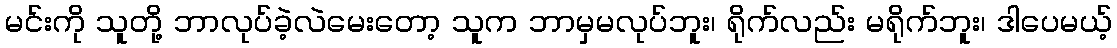
မင်းကို သူတို့ ဘာလုပ်ခဲ့လဲမေးတော့ သူက ဘာမှမလုပ်ဘူး၊ ရိုက်လည်း မရိုက်ဘူး၊ ဒါပေမယ့်